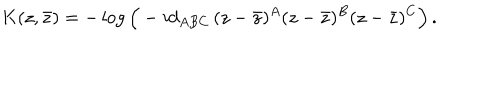
LaTeX: K ( z , \bar { z } ) = - \log \Big ( - i d _ { A B C } \, ( z - \bar { z } ) ^ { A } ( z - \bar { z } ) ^ { B } ( z - \bar { z } ) ^ { C } \Big ) \, .